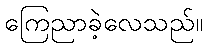
ကြေညာခဲ့လေသည်။